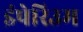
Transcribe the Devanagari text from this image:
इंपेरिउम